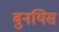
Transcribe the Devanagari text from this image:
बुनयिस